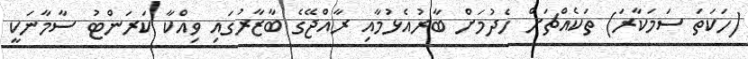
(ހަކަތަ ސަމަކާރަ) ތަކެއްޗަށް ހެދުމަށް ބާރުއެޅުމާއި ރާއްޖޭގެ ބާޒާރުގައި ވިއްކާ ކަރަންޓު ސާމާނަކީ